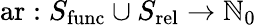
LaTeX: \operatorname{ar}:S_{\operatorname{func}}\cup S_{\operatorname{rel}}\rightarrow\mathbb{N}_{0}